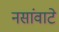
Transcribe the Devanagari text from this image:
नसांवाटे